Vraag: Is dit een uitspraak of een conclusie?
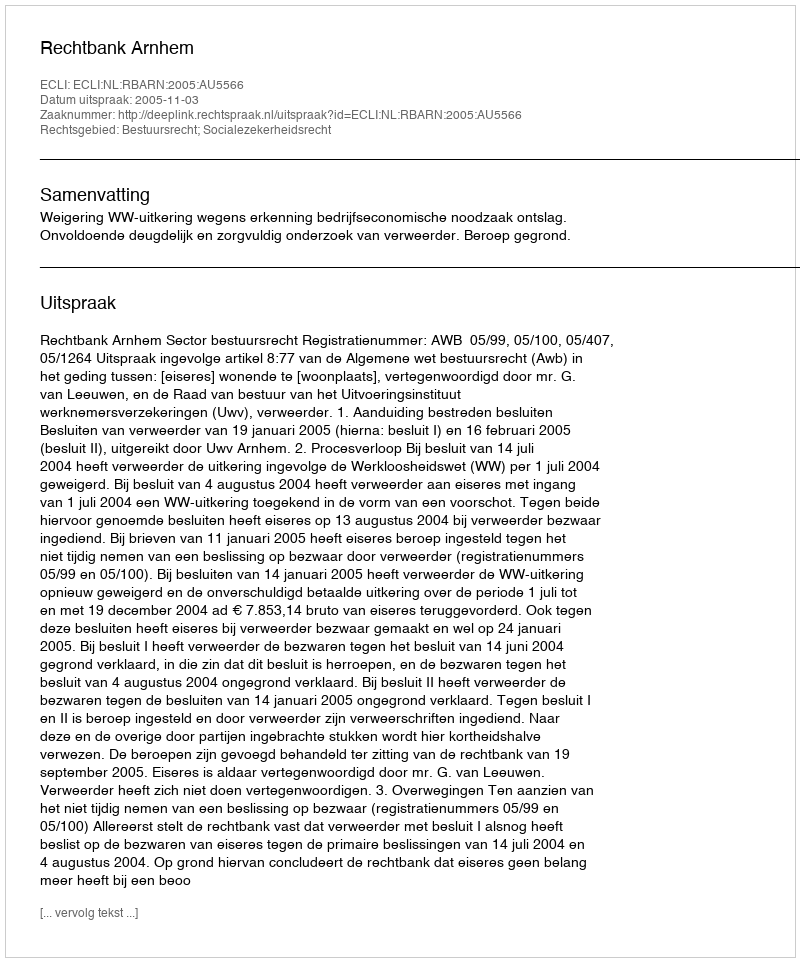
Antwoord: Uitspraak